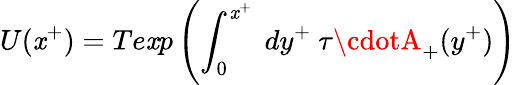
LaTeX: U(\mathit{x}^{+})=Te\mathit{x}p\left(\int_{0}^{\mathit{x}^{+}}~dy^{+}~\tau\cdotA_{+}(y^{+})\right)